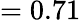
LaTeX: =0.71